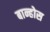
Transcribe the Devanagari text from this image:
बान्होस